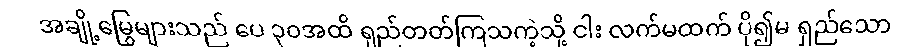
အချို့မြွေများသည် ပေ ၃၀အထိ ရှည်တတ်ကြသကဲ့သို့ ငါး လက်မထက် ပို၍မ ရှည်သော